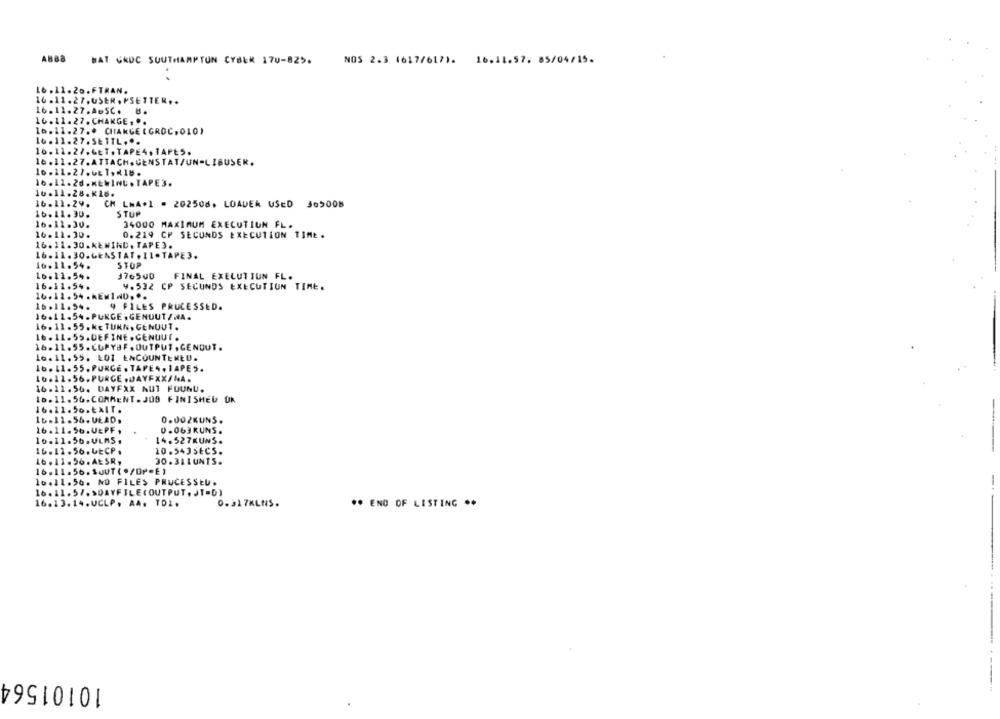
ABB8
BAT CROC SOUTHAMPTON CYBER 170-825.
NOS 2.3 4617/617). 16.11.57. 85/04/15.
16.11.20. FTRAN.
16.11.27.USER . PSETTER ..
16.11.27.A.SC. 8.
16.11.27 . CHARGE , ..
16.11.27 .. CHANGE ( GROC, 010)
16.12.27. SETTL ...
16.11.27.GET . TAPE4. TAPES.
16.11.27.ATTACH,GENSTATAUN-LIBUSER.
16.11.27.Gt1, 16 .
16.11.28.KEWINu . TAPE3.
16.11.28 .* 16.
16.11.29.
CH LNA.1 . 202506, LOADER USED 305008
16. 11.30.
STUP
16.11.30.
34000 MAXIMUM EXECUTION FL.
16.11.30 .
0.219 CF SECONDS EXECUTION TIME.
16.11.30. KENIND. TAPE3.
16.11.30.GEASTAT . 11.TAPE3.
16.11.54 .
STOP
16.11.54.
176500
FINAL EXECUTIUN FL.
16.11.54.
4.532 CP SECUNDS EXECUTION TIME.
16.11.54 .REMIND ...
16 .11.94.
9 FILES PROCESSED.
16.11.54.PURGE, GENUUT /NA.
16.11.55. KE TUNN, GENUUT .
16.11.55.DEFINE. GENUUT .
16.11.55.CUPYUF . OUTPUT , CENDUT.
le. 11. 55. LOI ENCOUNTERED.
16.11.55. PURGE . TAPE4. 1APES.
16.12.56.PURGE .JAYFXX/NA.
16.11.56. DAYFXX NUT FOUNU.
10.11.56.COMMENT. JOB FINISHED OK
16.21.50.EXIT.
16.11.56. ULAD.
0.002KUNS.
16.11.56.UEPF ,
0.063KUNS.
14.527KUNS.
16.11.56.ULMS .
16.12.56. 4ECP .
10.543SECS.
16.11.56. AESR,
30.311UNTS.
16.11.56. 1OUT( */DP=E)
16.11.56. NO FILES PRUCESSEU.
--
16.11.57. SOAYFILE(OUTPUT . JT=D)
16.13.14. UCLP. AA. TO2.
0.31 7KLNS .
** ENO OF LISTING ..
10101564